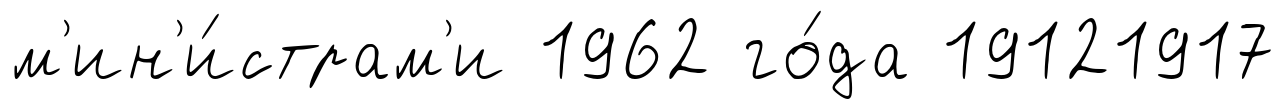
м'ин'и́страм'и 1962 го́да 19121917